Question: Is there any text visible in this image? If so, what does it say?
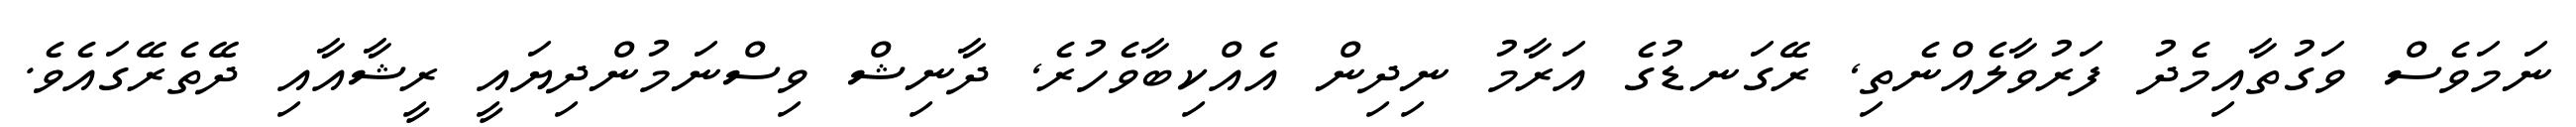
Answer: ނަމަވެސް ވަގުތާއިމެދު ފަރުވާލެއްނެތި, ރޭގަނޑުގެ އަރާމު ނިދިން އެއްކިބާވެހުރެ, ދާނިޝް ވިސްނަމުންދިޔައީ ރީޝާއާއި ދޭތެރޭގައެވެ.